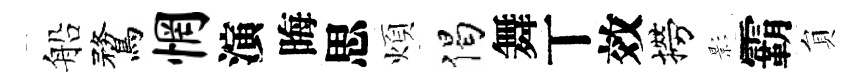
船鶩惘演晦思煩偈舞丅效撈影霸貟